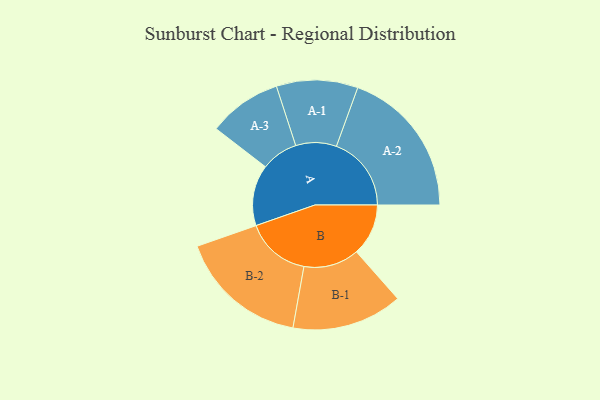
{"axis": {"x": "Segment", "y": "Value"}, "legend": ["", "A", "B"], "data": [{"x": "A", "y": 217, "type": ""}, {"x": "B", "y": 185, "type": ""}, {"x": "A-1", "y": 145, "type": "A"}, {"x": "A-2", "y": 267, "type": "A"}, {"x": "A-3", "y": 131, "type": "A"}, {"x": "B-1", "y": 197, "type": "B"}, {"x": "B-2", "y": 231, "type": "B"}]}